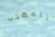
المهذب